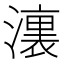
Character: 𣿞